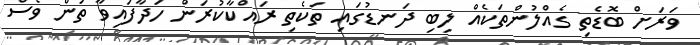
ވަރަށް ބޮޑެތި ގެއްލުންތަކެއް ލިބި ދަނޑުގައި ތަކެތި ރައްކާކުރަން ހަދާފައިވާ ތަން ވެސް